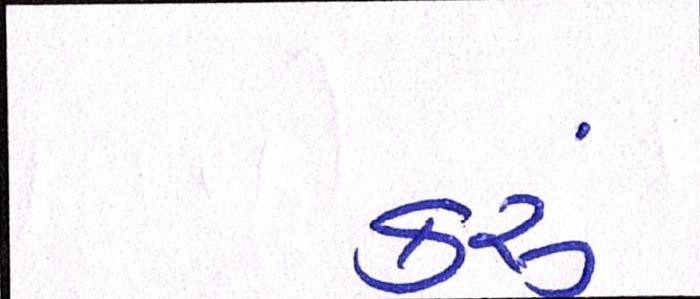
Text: કરૂં